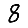
Digit: 8